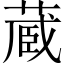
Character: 蔵